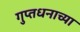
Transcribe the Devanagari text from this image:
गुप्तधनाच्या